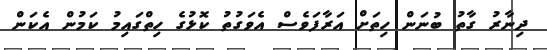
ދިނާރު ގާތު ބުނަން ހިތަށް އަރާފަވެސް އެވަގުތު ކޮޅުގެ ހިތްގައިމު ކަމުން އެކަން